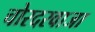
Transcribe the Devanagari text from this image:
चोरदरवाजा